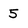
Character: 5